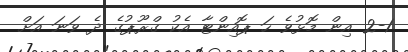
2-1 އިން މޮޅުވެ ހަ ޕޮއިންޓާ އެކު ގްރޫޕުގެ ދެ ވަނަ އަށް